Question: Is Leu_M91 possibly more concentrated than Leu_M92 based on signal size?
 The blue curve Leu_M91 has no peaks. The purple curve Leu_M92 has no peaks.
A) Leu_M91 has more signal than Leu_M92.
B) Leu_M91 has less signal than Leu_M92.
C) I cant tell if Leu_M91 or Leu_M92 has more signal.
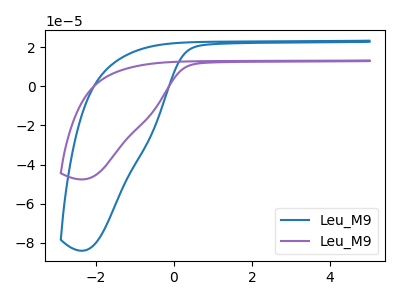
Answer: <think>Neither "Leu_M91" or "Leu_M92" have any peaks.
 </think>
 <answer>C) I cant tell if "Leu_M91" or "Leu_M92" has more signal.</answer>
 <eval>C</eval>